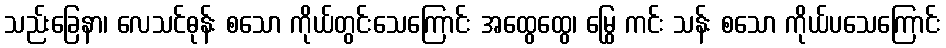
သည်းခြေနာ၊ လေသင်ဓုန်း စသော ကိုယ်တွင်းသေကြောင်း အထွေထွေ၊ မြွေ ကင်း သန်း စသော ကိုယ်ပသေကြောင်း